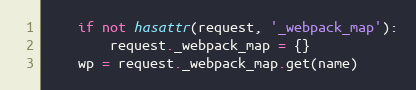
Language: Python
    if not hasattr(request, '_webpack_map'):
        request._webpack_map = {}
    wp = request._webpack_map.get(name)